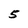
Character: 5